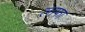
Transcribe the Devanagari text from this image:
लाफा